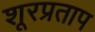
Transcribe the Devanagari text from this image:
शूरप्रताप